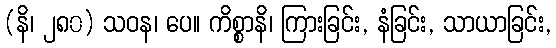
(နိ၊ ၂၈၀) သဝန၊ ပေ။ ကိစ္စာနိ၊ ကြားခြင်း, နံခြင်း, သာယာခြင်း,